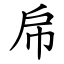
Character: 帍